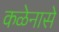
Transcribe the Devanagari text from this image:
कळेनासे